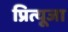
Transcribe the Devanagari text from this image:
प्रित्यूजा